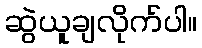
ဆွဲယူချလိုက်ပါ။